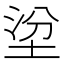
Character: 𡌂